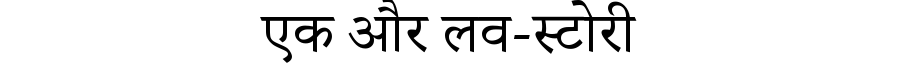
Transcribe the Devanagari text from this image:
एक और लव-स्टोरी